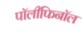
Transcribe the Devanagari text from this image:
पॉलीफिनॉल